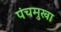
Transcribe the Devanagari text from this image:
पंचमुखा